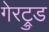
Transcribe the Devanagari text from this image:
गेरट्रुड